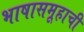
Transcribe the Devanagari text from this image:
भाषासमूहाची